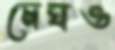
মেঘও